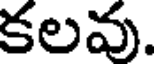
కలవు.